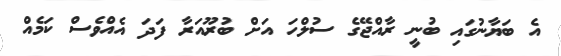
އެ ބަޔާނުގައި ބުނީ ރާއްޖޭގެ ސުލްހަ އަށް ބުރޫއަރާ ފަދަ އެއްވެސް ކަމެއް